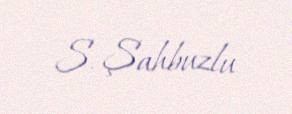
S. Şahbuzlu